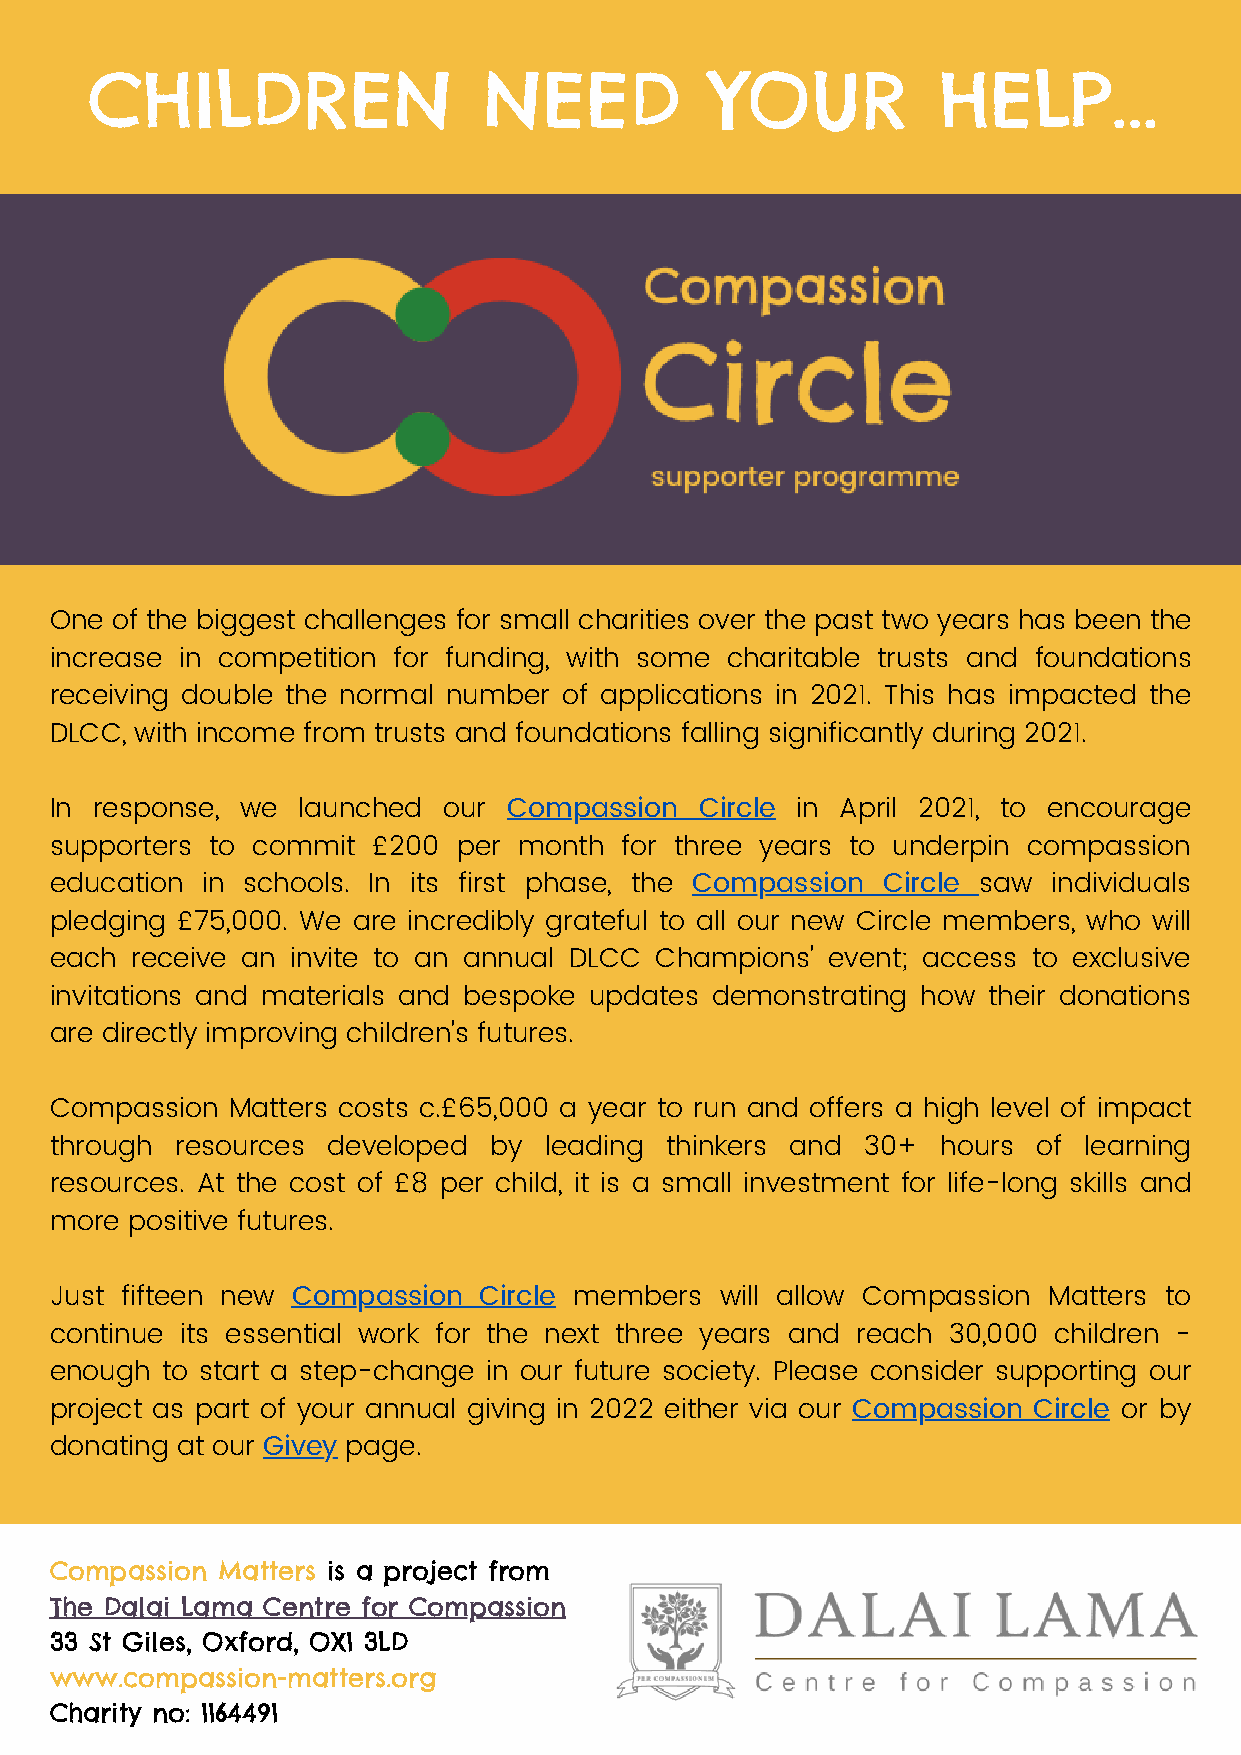
CHILDREN                  NEED           YOUR           HELP...
 One of the biggest challenges for small charities over the past two years has been the
 increase in competition for funding, with some charitable trusts and foundations
 receiving double the normal number of applications in 2021. This has impacted the
 DLCC, with income from trusts and foundations falling significantly during 2021.
 In response, we  launched our  Compassion  Circle in April 2021, to encourage
 supporters to commit  £200 per month  for three years to underpin compassion
 education in schools. In its first phase, the Compassion Circle saw individuals
 pledging £75,000. We are incredibly grateful to all our new Circle members, who will
 each  receive an invite to an annual DLCC Champions' event; access to exclusive
 invitations and materials and bespoke updates demonstrating how their donations
 are directly improving children's futures.
 Compassion  Matters costs c.£65,000 a year to run and offers a high level of impact
 through  resources developed by  leading thinkers and 30+  hours  of learning
 resources. At the cost of £8 per child, it is a small investment for life-long skills and
 more positive futures.
 Just fifteen new Compassion  Circle members  will allow Compassion Matters to
 continue its essential work for the next three years and reach 30,000 children -
 enough  to start a step-change in our future society. Please consider supporting our
 project as part of your annual giving in 2022 either via our Compassion Circle or by
 donating at our Givey page.
 Compassion Matters is a project from
 The Dalai Lama Centre for Compassion
 33 St Giles, Oxford, OX1 3LD
 www.compassion-matters.org
 Charity no: 1164491